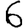
Digit: 6